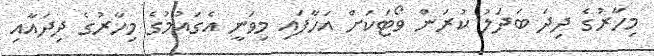
މިހާރުގެ ދިދަ ބަދަލު ކުރަން ވޯޓަކަށް އަހާފައި މިވަނީ އެގައުމުގެ މިހާރުގެ ދިދައާއި